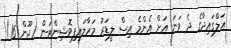
އަލްގައިދާގެ ދެ ވަނަ އަށް އެންމެ އިސް ލީޑަރު މަރާލައިފިވޮޝިންޓަން (ޖޫން 16)